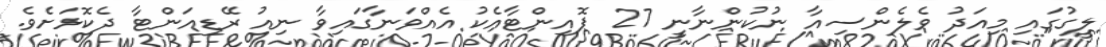
ލީގުގައި މިއަދު ވެލެންސިއާ ނުކުންނާނީ 27 ޕޮއިންޓާއެކު އެއްވަނާގައިވާ ނިއު ރޭޑިއަންޓާ ދެކޮޅަށެވެ.